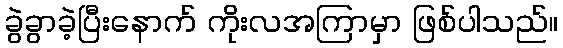
ခွဲခွာခဲ့ပြီးနောက် ကိုးလအကြာမှာ ဖြစ်ပါသည်။